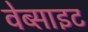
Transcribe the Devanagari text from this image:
वेब्साइट